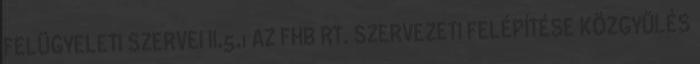
FELÜGYELETI SZERVEI II.5.1 AZ FHB RT. SZERVEZETI FELÉPÍTÉSE KÖZGYŰLÉS